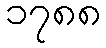
၁၇၈၈